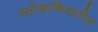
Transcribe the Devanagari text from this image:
स्लोव्हाकियातील